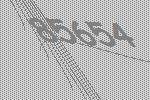
85654